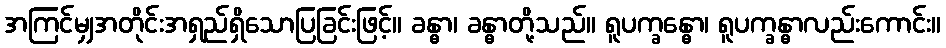
အကြင်မျှအတိုင်းအရှည်ရှိသောပြခြင်းဖြင့်။ ခန္ဓာ၊ ခန္ဓာတို့သည်။ ရူပက္ခန္ဓော၊ ရူပက္ခန္ဓာလည်းကောင်း။